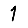
Digit: 1